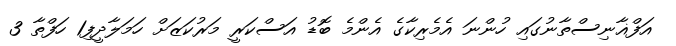
އަފްޣާނިސްތާނުގައި ހުންނަ އެމެރިކާގެ އެންމެ ބޮޑު އަސްކަރީ މަރުކަޒަށް ހަމަލާދީފި1 ހަފްތާ 3